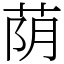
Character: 荫